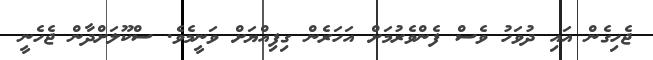
ޖެހިގެން އައި ދުވަހު ވެސް ފެންވެރުމަށް އަހަރެން ގިފިއްޔަށް ވަނީމެވެ. ސްކޫލަށްދާން ޖެހެނީ